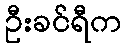
ဦးခင်ရီက